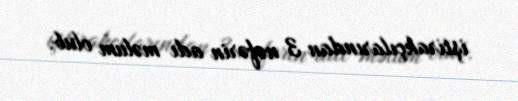
iştirakçılarından 3 nəfərin adı məlum olub.